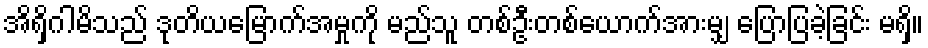
အိရှိဂါမိသည် ဒုတိယမြောက်အမှုကို မည်သူ တစ်ဦးတစ်ယောက်အားမျှ ပြောပြခဲ့ခြင်း မရှိ။